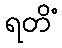
ရတိံ